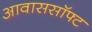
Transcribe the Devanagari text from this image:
आवाससॉफ्ट